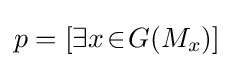
p=[\exists x\!\in \!G(M_{x})]